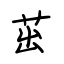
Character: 茁